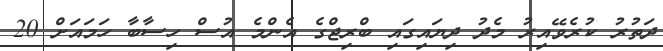
ދަތުރު ކުރެވޭއިރު މެދު ދިޔައިގައި ބްރިޖްގެ އެންމެ އުސް ހިސާބާ ހަމައަށް 20